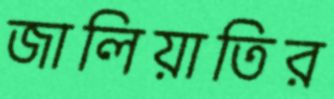
জালিয়াতির